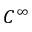
C ^ { \infty }